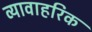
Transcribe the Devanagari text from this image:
व्यावाहरिक